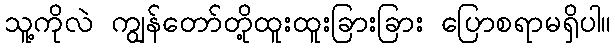
သူ့ကိုလဲ ကျွန်တော်တို့ထူးထူးခြားခြား ပြောစရာမရှိပါ။